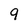
Character: 9